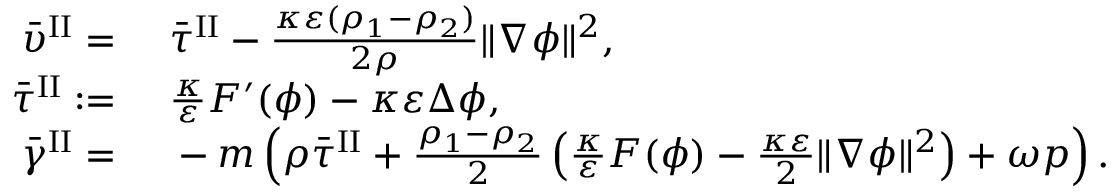
\begin{array} { r l } { \bar { \upsilon } ^ { \mathrm { I I } } = } & { { } ~ \bar { \tau } ^ { \mathrm { I I } } - \frac { \kappa \varepsilon ( \rho _ { 1 } - \rho _ { 2 } ) } { 2 \rho } \| \nabla \phi \| ^ { 2 } , } \\ { \bar { \tau } ^ { \mathrm { I I } } : = } & { { } ~ \frac { \kappa } { \varepsilon } F ^ { \prime } ( \phi ) - \kappa \varepsilon \Delta \phi , } \\ { \bar { \gamma } ^ { \mathrm { I I } } = } & { { } ~ - m \left( \rho \bar { \tau } ^ { \mathrm { I I } } + \frac { \rho _ { 1 } - \rho _ { 2 } } { 2 } \left( \frac { \kappa } { \varepsilon } F ( \phi ) - \frac { \kappa \varepsilon } { 2 } \| \nabla \phi \| ^ { 2 } \right) + \omega p \right) . } \end{array}